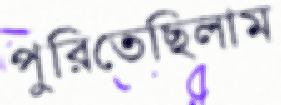
পুরিতেছিলাম